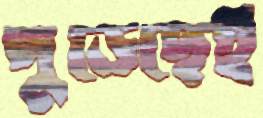
পুড়েছেই